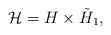
LaTeX: \begin{align*} {\mathcal H}=H \times \tilde H_{1}, \end{align*}